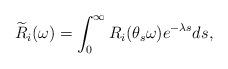
LaTeX: \begin{align*}\widetilde{R}_{i}(\omega)=\int_0^\infty R_i(\theta_s\omega)e^{-\lambda s}ds,\end{align*}